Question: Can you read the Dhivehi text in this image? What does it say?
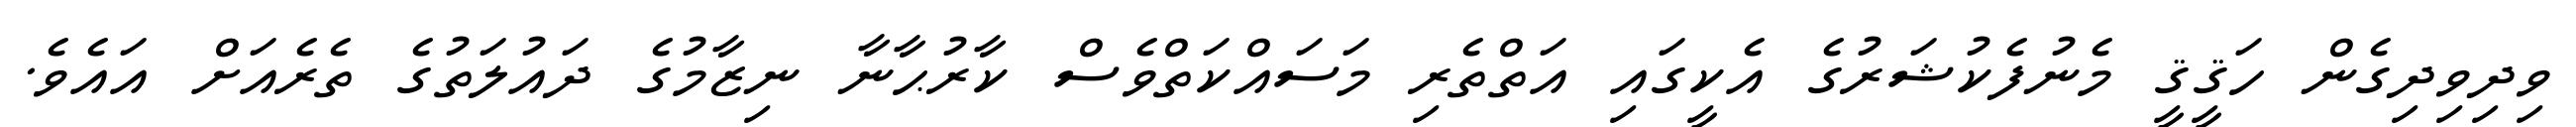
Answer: ވިދިވިދިގެން ހަޤީޤީ މެނުފެކުޝަރުގެ އެކީގައި އަތްތެރި މަސައްކަތްވެސް ކާރުޙާނާ ނިޒާމުގެ ދައުލަތުގެ ތެރެއަށް އައެވެ.